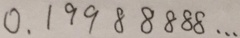
0 . 1 9 9 8 8 8 8 8 \cdots